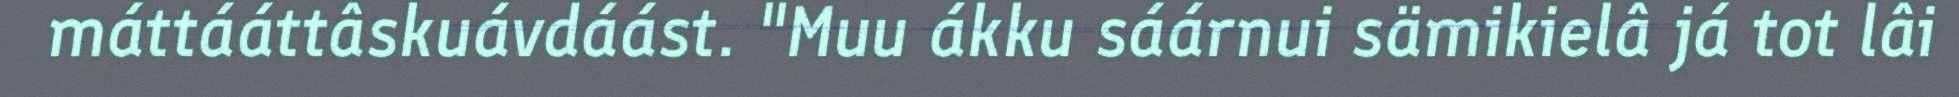
máttááttâskuávdáást. "Muu ákku sáárnui sämikielâ já tot lâi